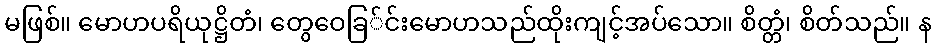
မဖြစ်။ မောဟပရိယုဋ္ဌိတံ၊ တွေဝေခြ်င်းမောဟသည်ထိုးကျင့်အပ်သော။ စိတ္တံ၊ စိတ်သည်။ န